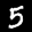
Label: 5